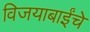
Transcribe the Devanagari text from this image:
विजयाबाईंचे